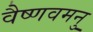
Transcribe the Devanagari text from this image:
वैष्णवमनु